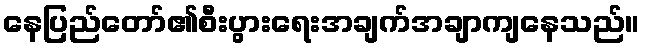
နေပြည်တော်၏စီးပွားရေးအချက်အချာကျနေသည်။